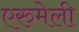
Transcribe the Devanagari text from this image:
एरुमेली